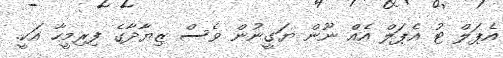
އެޕަލް ޓު އެޕަލް އެއް ނޫން ޔަގީނުން ވެސް ޒިޔާދާގެ ފިރިމީހާ އަކީ.